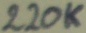
Text: 220K